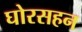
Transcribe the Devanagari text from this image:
घोरसहन